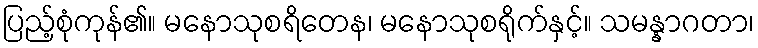
ပြည့်စုံကုန်၏။ မနောသုစရိတေန၊ မနောသုစရိုက်နှင့်။ သမန္နာဂတာ၊